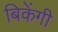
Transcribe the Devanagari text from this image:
बिकेंगी